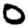
Digit: 0